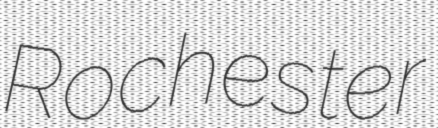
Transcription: Rochester